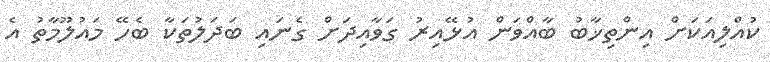
ކުއްލިއަކަށް އިންތިޚާބު ބާއްވަން އުޅޭއިރު ގަވާއިދަށް ގެނައި ބަދަލުތަކާ ބެހޭ މައުލޫމާތު އެ